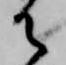
御